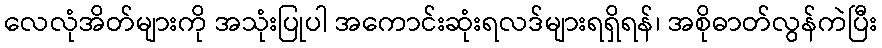
လေလုံအိတ်များကို အသုံးပြုပါ အကောင်းဆုံးရလဒ်များရရှိရန်၊ အစိုဓာတ်လွန်ကဲပြီး